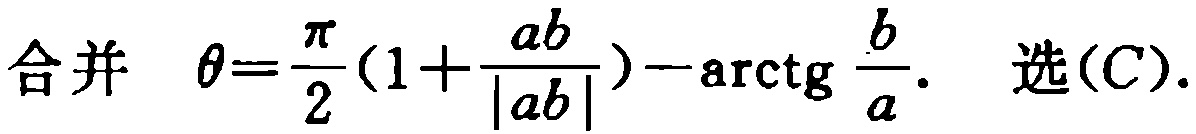
合并 \(\theta=\frac{\pi}{2}(1+\frac{ab}{|ab|})-\mathrm{arctg}\frac{b}{a}\). 选(C).